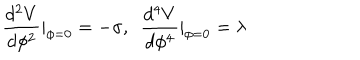
\frac { d ^ { 2 } V } { d \phi ^ { 2 } } | _ { \phi = 0 } = - \sigma , ~ ~ \frac { d ^ { 4 } V } { d \phi ^ { 4 } } | _ { \phi = 0 } = \lambda